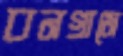
বনগ্রামে